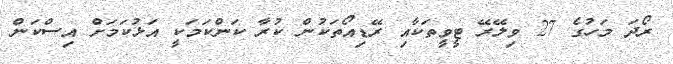
ރޯދަ މަހުގެ 27 ވިލޭރޭ ޓީވީތަކާއި ރޭޑިއޯތަކުން ކުރާ ކަންކަމަކީ އަޅުކަމަށް އިސްކަން